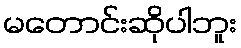
မတောင်းဆိုပါဘူး